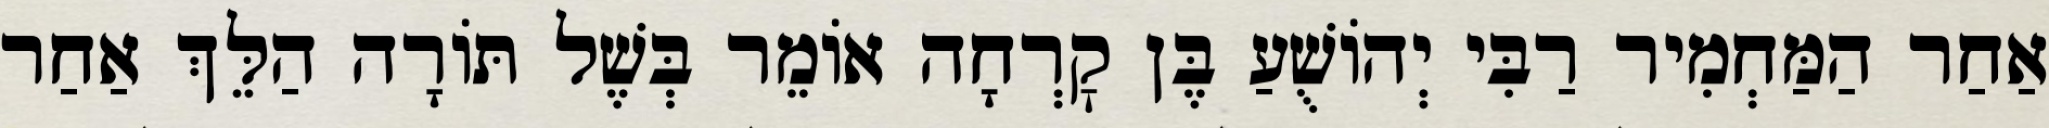
אַחַר הַמַּחְמִיר רַבִּי יְהוֹשֻׁעַ בֶּן קׇרְחָה אוֹמֵר בְּשֶׁל תּוֹרָה הַלֵּךְ אַחַר